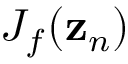
{ J } _ { f } ( { \bf z } _ { n } )